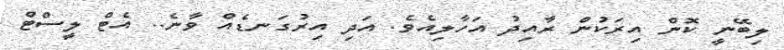
ލިބޭނީ ކޮން އިރަކުން ރާއިދު އަހާލިއެވެ. އަދި އިރުގަނޑެއް ވާނެ.. އެޓް ލީސްޓް